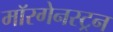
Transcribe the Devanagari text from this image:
मॉरगेनस्ट्रन